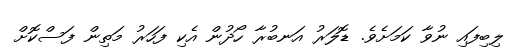
ލިބިފައި ނުވާ ކަމަށެވެ. ޑޮލަރު އަނބުރާ ހޯދުން އެކި ފަހަރު މަތިން ފަސްކޮށް